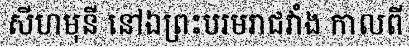
សីហមុនី នៅឯព្រះបរមរាជវាំង កាលពី